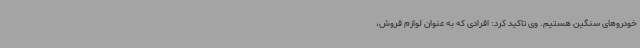
خودروهای سنگین هستیم. وی تاکید کرد: افرادی که به عنوان لوازم فروش،